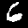
Label: 6